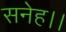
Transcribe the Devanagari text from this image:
सनेह।।